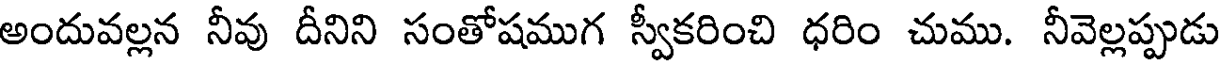
అందువల్లన నీవు దీనిని సంతోషముగ స్వీకరించి ధరిం చుము. నీవెల్లప్పుడు